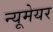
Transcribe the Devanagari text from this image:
न्यूमेयर